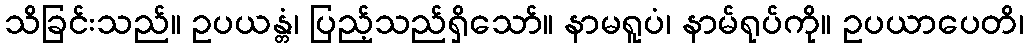
သိခြင်းသည်။ ဥပယန္တံ၊ ပြည့်သည်ရှိသော်။ နာမရူပံ၊ နာမ်ရုပ်ကို။ ဥပယာပေတိ၊